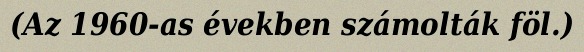
(Az 1960-as években számolták föl.)